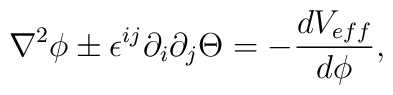
\nabla^{2}\phi\pm\epsilon^{ij}\partial_{i}\partial_{j}\Theta=-\frac{dV_{eff}}{d\phi},